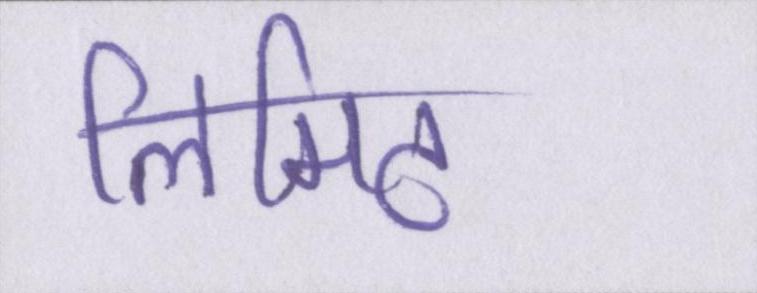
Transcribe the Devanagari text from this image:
लिमिट